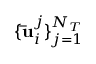
\{ \mathbf { \bar { u } } _ { i } ^ { j } \} _ { j = 1 } ^ { N _ { T } }